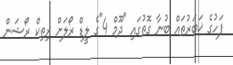
ފަހުގެ ޚަބަރުތައް ބުނާ ގޮތުގައި "ދޫމް 4"ގެ ލީޑް ރޯލަށް ރިތިކް ރޯޝަން